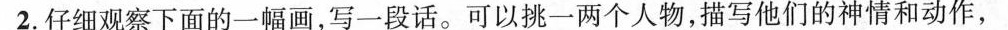
2.仔细观察下面的一幅画，写一段话。可以挑一两个人物，描写他们的神情和动作，